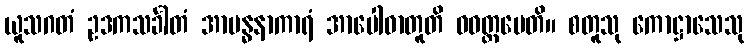
ယူသဂတံ ဥဒကသင်္ခါတံ အာဗန္ဓနာကာရံ အာပေါဓာတူတိ ဝဝတ္ထပေတိ။ စတူသု ကောဋ္ဌာသေသု